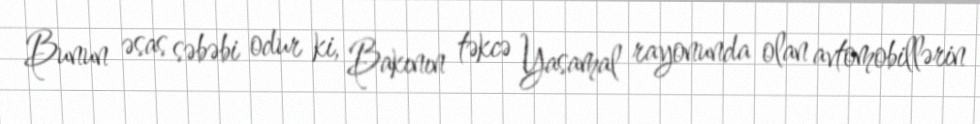
Bunun əsas səbəbi odur ki, Bakının təkcə Yasamal rayonunda olan avtomobillərin